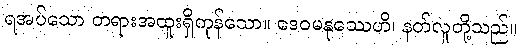
ရအပ်သော တရားအထူးရှိကုန်သော။ ဒေဝမနုဿေဟိ၊ နတ်လူတို့သည်။